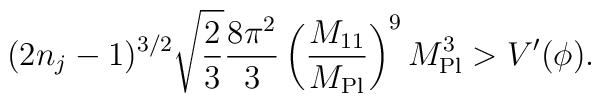
(2 n_j -1)^{3/2} \sqrt{\frac{2}{3}} \frac{8\pi^2}{3} \left(\frac{M_{11}}{M_{\rm Pl}} \right)^9 M_{\rm Pl}^3 > V'(\phi).